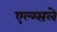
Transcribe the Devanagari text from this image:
एल्म्सले